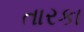
તારકા